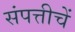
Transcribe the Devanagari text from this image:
संपत्तीचें